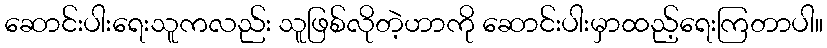
ဆောင်းပါးရေးသူကလည်း သူဖြစ်လိုတဲ့ဟာကို ဆောင်းပါးမှာထည့်ရေးကြတာပါ။